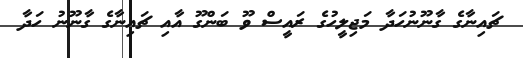
ޗައިނާގެ ގާނޫނުހަދާ މަޖިލީހުގެ ރައީސް ވޫ ބަންގޫ އާއި ޗައިނާގެ ގާނޫނު ހަދާ